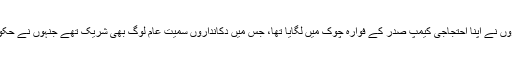
پشاور کے بڑے بازاروں صدر اور کینٹ کے تاجروں نے اپنا احتجاجی کیمپ صدر کے فوارہ چوک میں لگایا تھا، جس میں دکانداروں سمیت عام لوگ بھی شریک تھے جنہوں نے حکومت مخالف بینرز اور پلے کارڈز اٹھا رکھے تھے۔